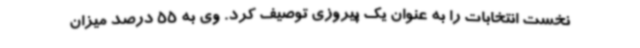
نخست انتخابات را به عنوان یک پیروزی توصیف کرد. وی به 55 درصد میزان